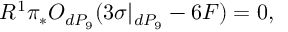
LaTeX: R ^ { 1 } \pi _ { * } { \cal O } _ { d P _ { 9 } } ( 3 \sigma | _ { d P _ { 9 } } - 6 F ) = 0 ,